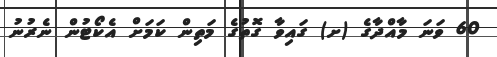
60 ވަނަ މާއްދާގެ (ށ) ގައިވާ ގޮތުގެ މަތިން ކަމަށް އެކޯޓުން ނެރުނު